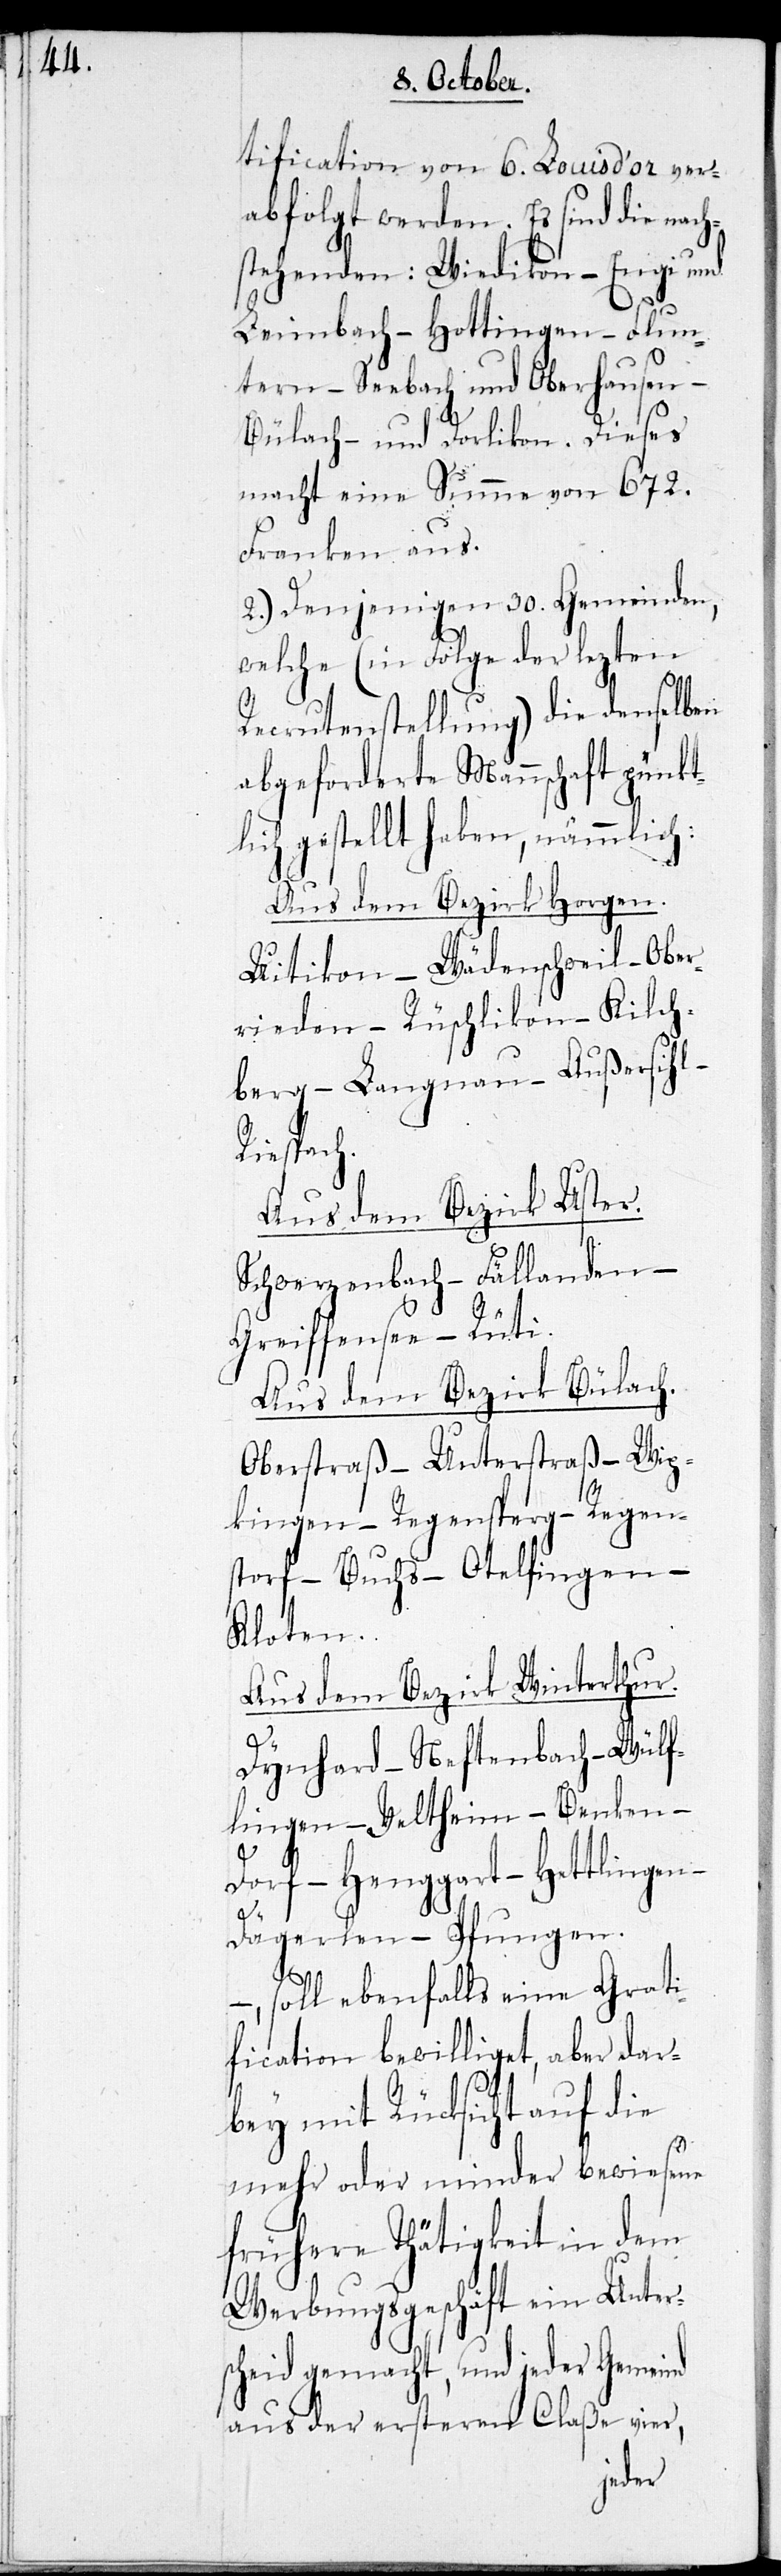
tification von 6. Louisd’or ver¬
abfolgt werden. Es sind die nach¬
stehenden: Wiedikon – Enge und
Leimbach – Hottingen – Flun¬
tern – Seebach und Oberhausen –
Bülach – und Dorlikon. Dieses
macht eine Summe von 672.
Franken aus.
2.) Denjenigen 30. Gemeinden,
welche (in Folge der lezten
Recrutenstellung) die denselben
abgeforderte Mannschaft pünkt¬
lich gestellt haben, nämlich:
Aus dem Bezirk Horgen.
Uitikon - Wädenschweil – Ober¬
rieden – Rüschlikon – Kilch¬
berg – Langnau – Außersihl –
Riesbach.
Aus dem Bezirk Uster.
Schwerzenbach – Fällanden –
Greiffensee – Rüti.
Aus dem Bezirk Bülach.
Oberstraß – Unterstraß – Wip¬
kingen – Regensberg – Regen¬
sdorf – Buchs – Otelfingen –
Kloten.
Aus dem Bezirk Winterthur.
Dynhard – Neftenbach – Wülf¬
lingen – Veltheim – Benken –
Dorf – Henggart – Hettlingen –
Dägerlen – Pfungen.
–
, soll ebenfalls eine Grati¬
fication bewilliget, aber dar¬
bey mit Rücksicht auf die
mehr oder minder bewiesene
frühere Thätigkeit in dem
Werbungsgeschäft ein Unter¬
scheid gemacht, und jeder Gemeinde
aus der ersteren Claße vier,